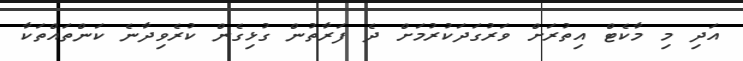
އަދި މި މާކެޓް އިތުރަށް ވަރުގަދަކުރުމަށް ދެ ފަރާތުން ގުުޅިގެން ކުރެވިދާނެ ކަންތައްތަކާ